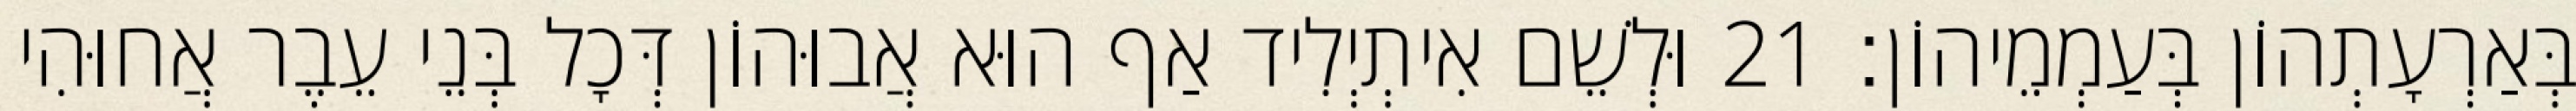
בְּאַרְעָתְהוֹן בְּעַמְמֵיהוֹן׃ 21 וּלְשֵׁם אִיתְיְלִיד אַף הוּא אֲבוּהוֹן דְּכָל בְּנֵי עֵבֶר אֲחוּהִי